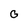
Character: G